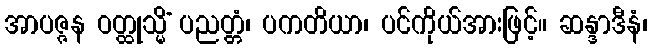
အာပဇ္ဇန ဝတ္ထုသ္မိံ ပညတ္တံ၊ ပကတိယာ၊ ပင်ကိုယ်အားဖြင့်။ ဆန္ဒာဒီနံ၊